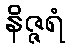
နိဇ္ဇရံ